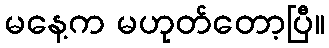
မနေ့က မဟုတ်တော့ပြီ။